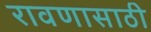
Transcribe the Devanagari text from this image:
रावणासाठी